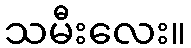
သမီးလေး။